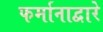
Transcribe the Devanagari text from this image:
फर्मानाद्वारे